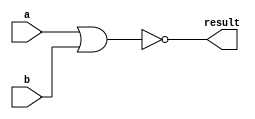
module nor_(a,b,result);
  input[31:0] a,b;
  output[31:0] result;
  assign result = ~(a|b);
endmodule